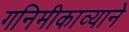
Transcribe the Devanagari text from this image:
गनिमीकाव्याने